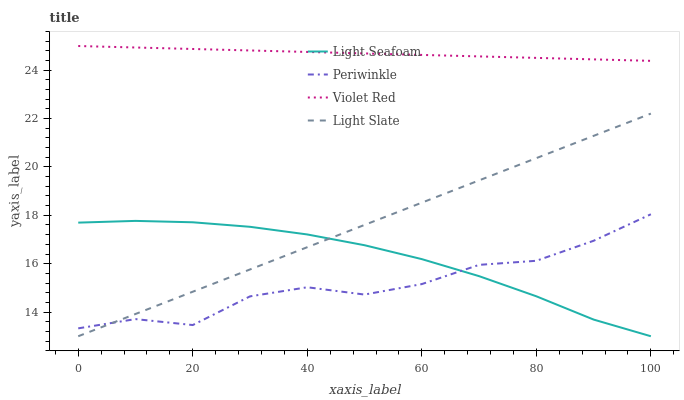
| xaxis_label | Light Seafoam | Periwinkle | Violet Red | Light Slate |
 | --- | --- | --- | --- | --- |
 | 0 | 17.7 | 13.3 | 25 | 13 |
 | 10 | 17.8 | 13.7 | 24.9 | 13.9 |
 | 20 | 17.7 | 13.5 | 24.9 | 14.8 |
 | 30 | 17.5 | 14.6 | 24.8 | 15.8 |
 | 40 | 17.2 | 15 | 24.8 | 16.7 |
 | 50 | 16.8 | 14.7 | 24.7 | 17.6 |
 | 60 | 16.2 | 15.2 | 24.6 | 18.5 |
 | 70 | 15.5 | 16 | 24.6 | 19.4 |
 | 80 | 14.7 | 16.1 | 24.5 | 20.4 |
 | 90 | 13.7 | 16.9 | 24.4 | 21.3 |
 | 100 | 13 | 18 | 24.4 | 22.2 |